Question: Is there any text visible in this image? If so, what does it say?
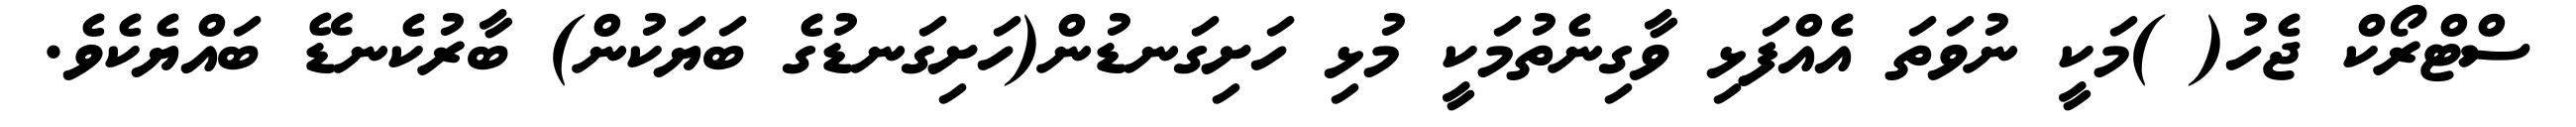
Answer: ސްޓްރޯކް ޖެހު( )މަކީ ނުވަތަ އެއްފަޅި ވާގިނެތުމަކީ މުޅި ހަށިގަނޑުން(ހަށިގަނޑުގެ ބަޔަކުން) ބާރުކެނޑޭ ބައްޔެކެވެ.